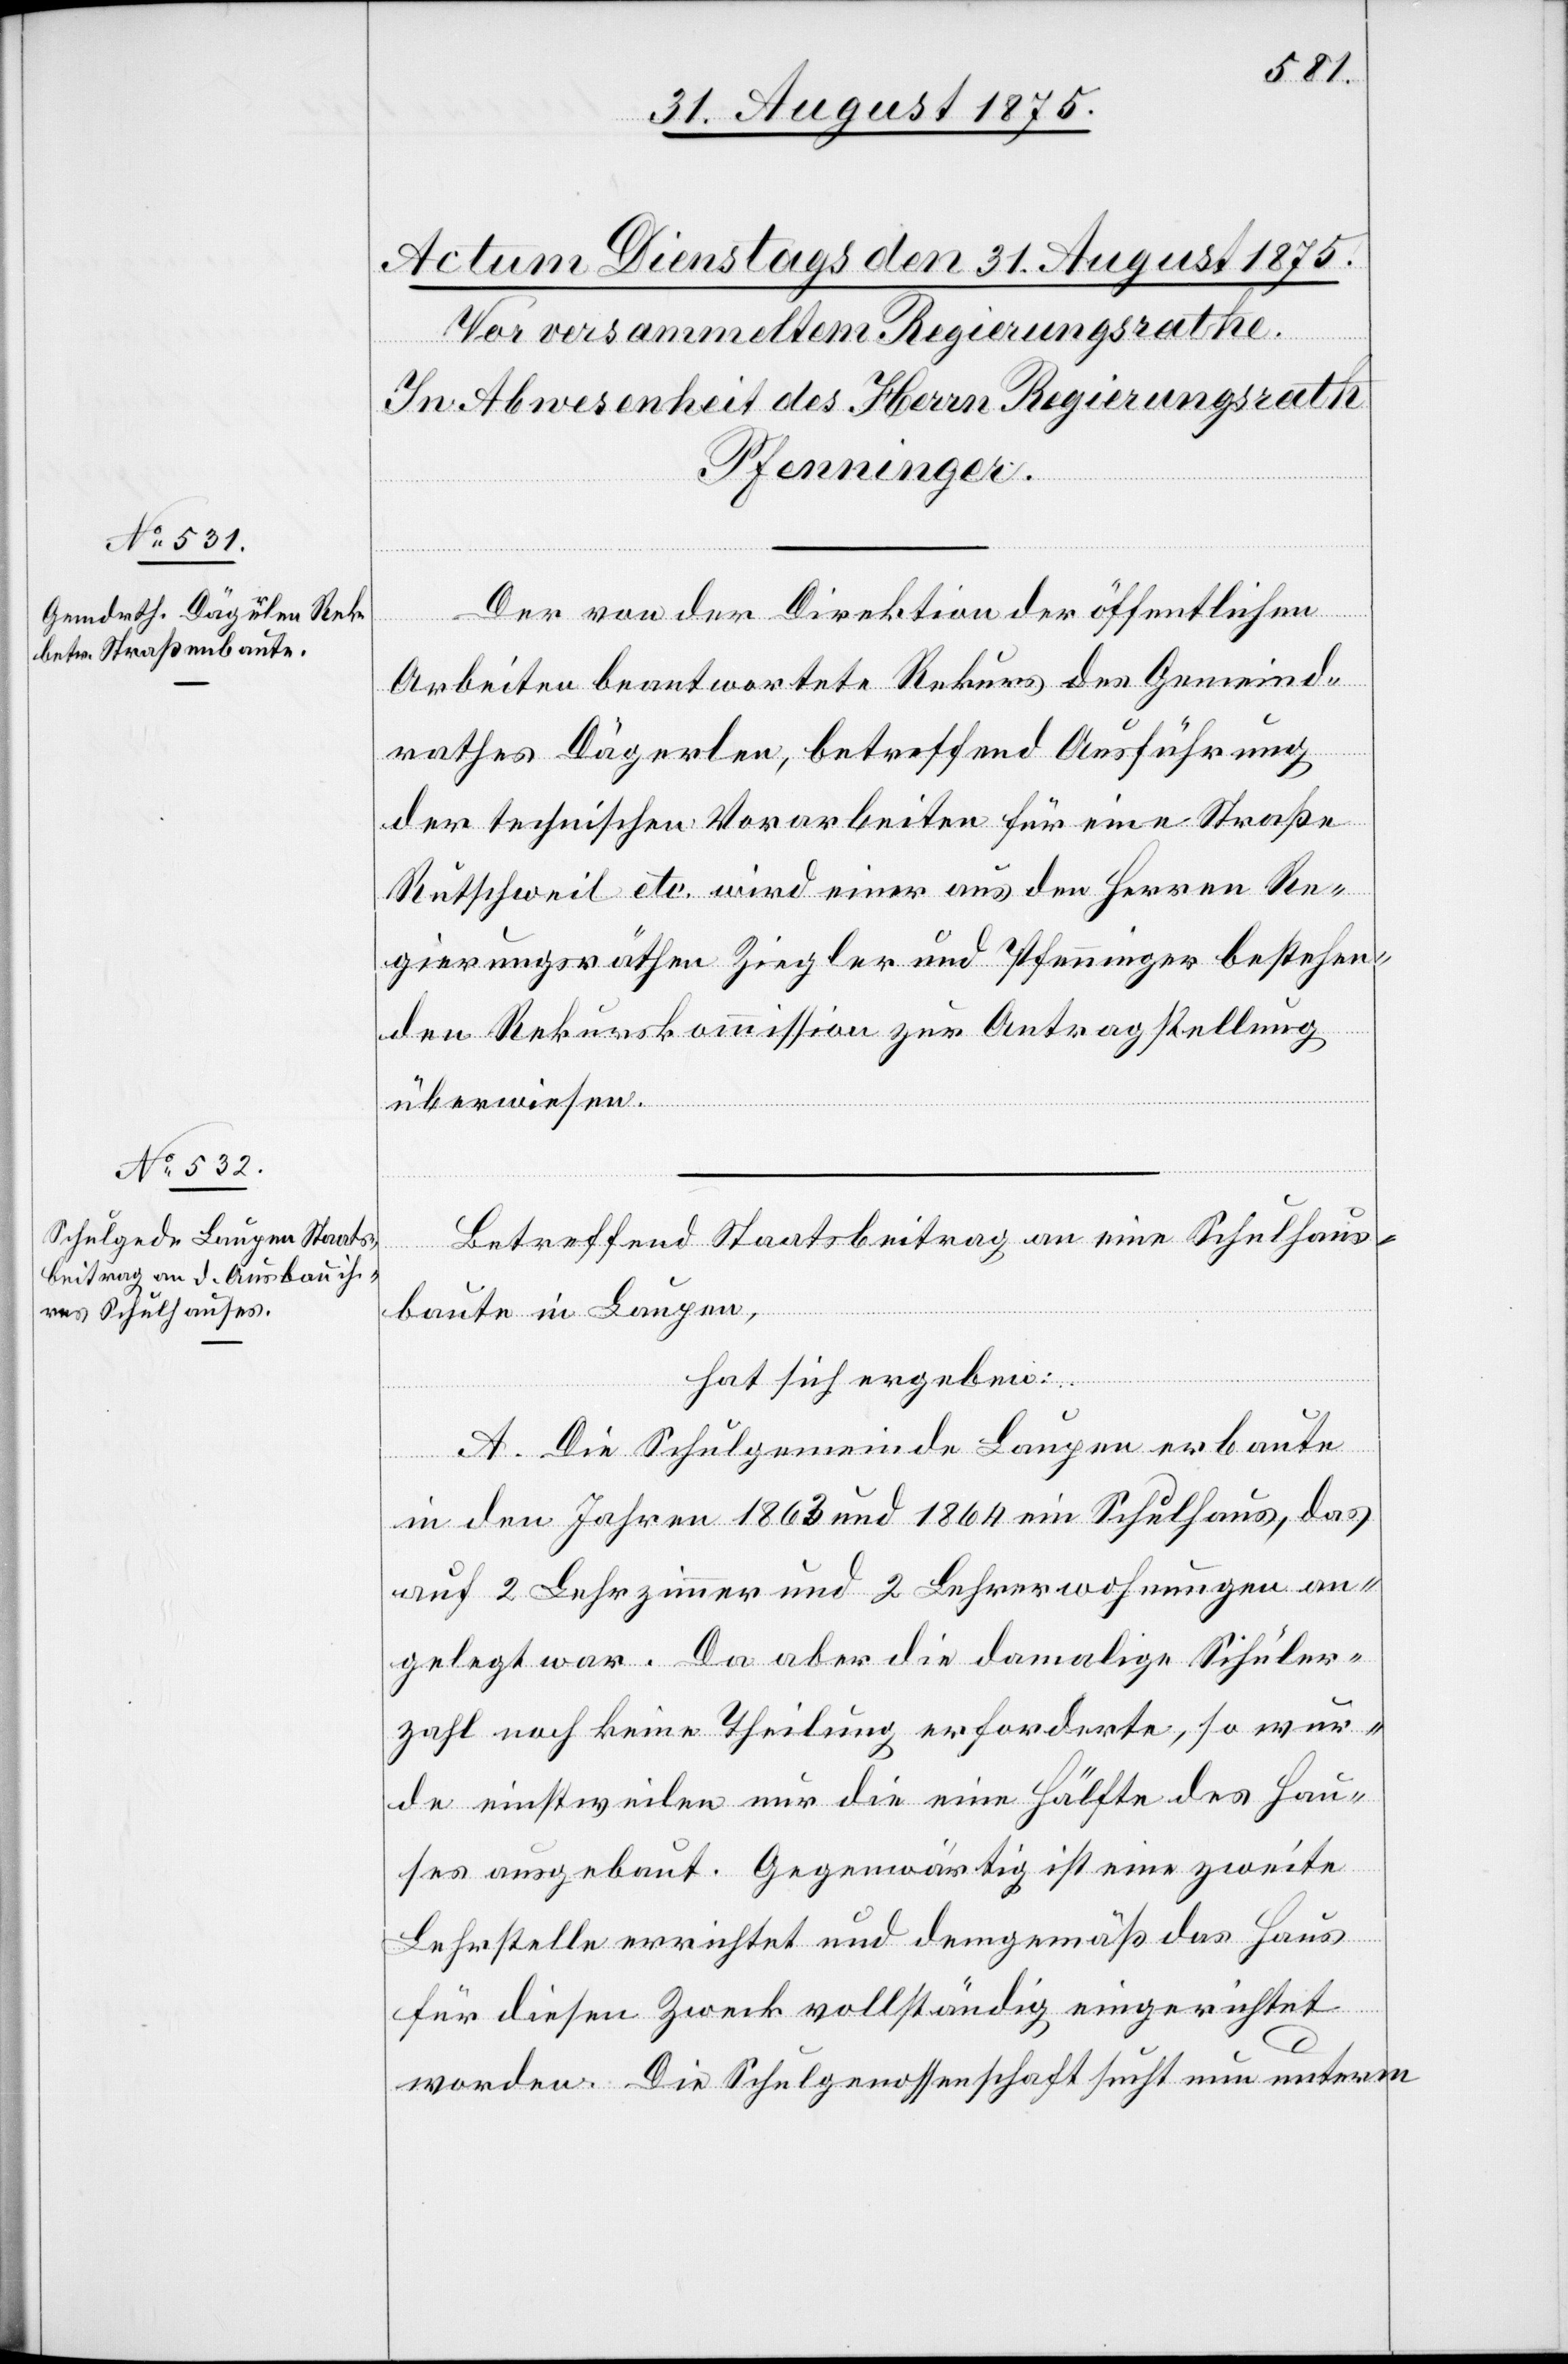
Der von der Direktion der öffentlichen
Arbeiten beantwortete Rekurs des Gemeind¬
rathes Dägerlen, betreffend Ausführung
der technischen Vorarbeiten für eine Straße
Rutschweil etc. wird einer aus den Herren Re¬
gierungsräthen Ziegler und Pfenninger bestehen¬
den Rekurskommission zur Antragstellung
überwiesen.
Betreffend Staatsbeitrag an eine Schulhaus¬
baute in Laupen,
hat sich ergeben:
A. Die Schulgemeinde Laupen erbaute
in den Jahren 1863 und 1864 ein Schulhaus, das
auf 2 Lehrerzimmer und 2 Lehrerwohnungen an¬
gelegt war. Da aber die damalige Schüler¬
zahl noch keine Theilung erforderte, so wur¬
de einstweilen nur die eine Hälfte des Hau¬
ses ausgebaut. Gegenwärtig ist eine zweite
Lehrstelle errichtet und demgemäß das Haus
für diesen Zweck vollständig eingerichtet
worden. Die Schulgenossenschaft sucht nun unterm